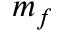
m _ { f }